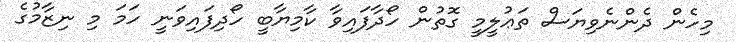
މިހެން ދެންނެވިޔަސް ތަޢުލީމީ ގޮތުން ހޯދާފައިވާ ކާމިޔާބީ ހޯދިފައިވަނީ ހަމަ މި ނިޒާމުގެ